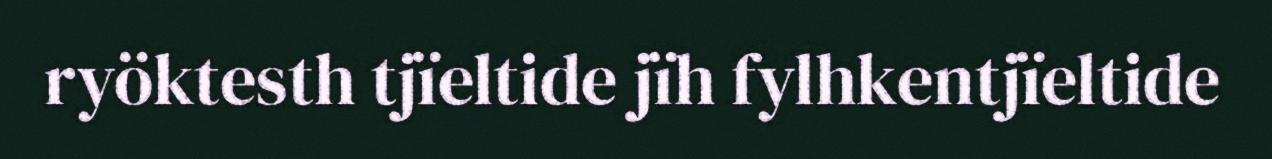
ryöktesth tjïeltide jïh fylhkentjïeltide